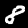
Label: 8